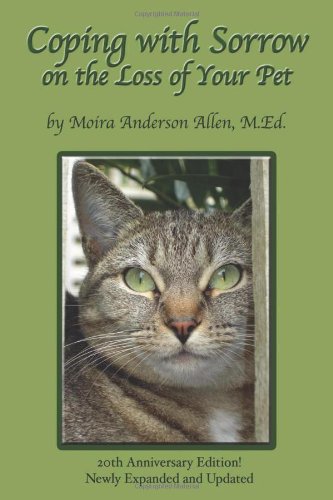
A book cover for Coping with Sorrow on the Loss of Your Pet; Moira Anderson Allen; Crafts, Hobbies & Home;